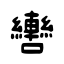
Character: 轡